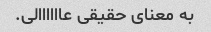
به معنای حقیقی عاااااالی.